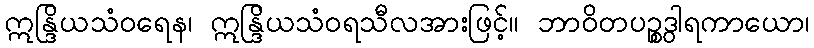
ဣန္ဒြိယသံဝရေန၊ ဣန္ဒြိယသံဝရသီလအားဖြင့်။ ဘာဝိတပဉ္စဒွါရကာယော၊